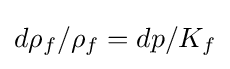
d{\rho _{f}}/{\rho _{f}}=dp/K_{f}